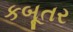
કબૂતર